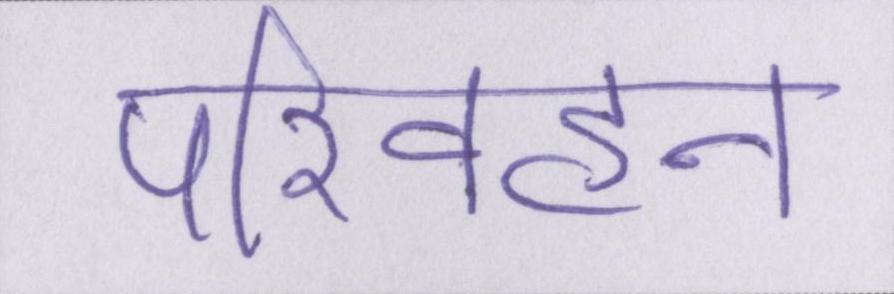
परिवहन